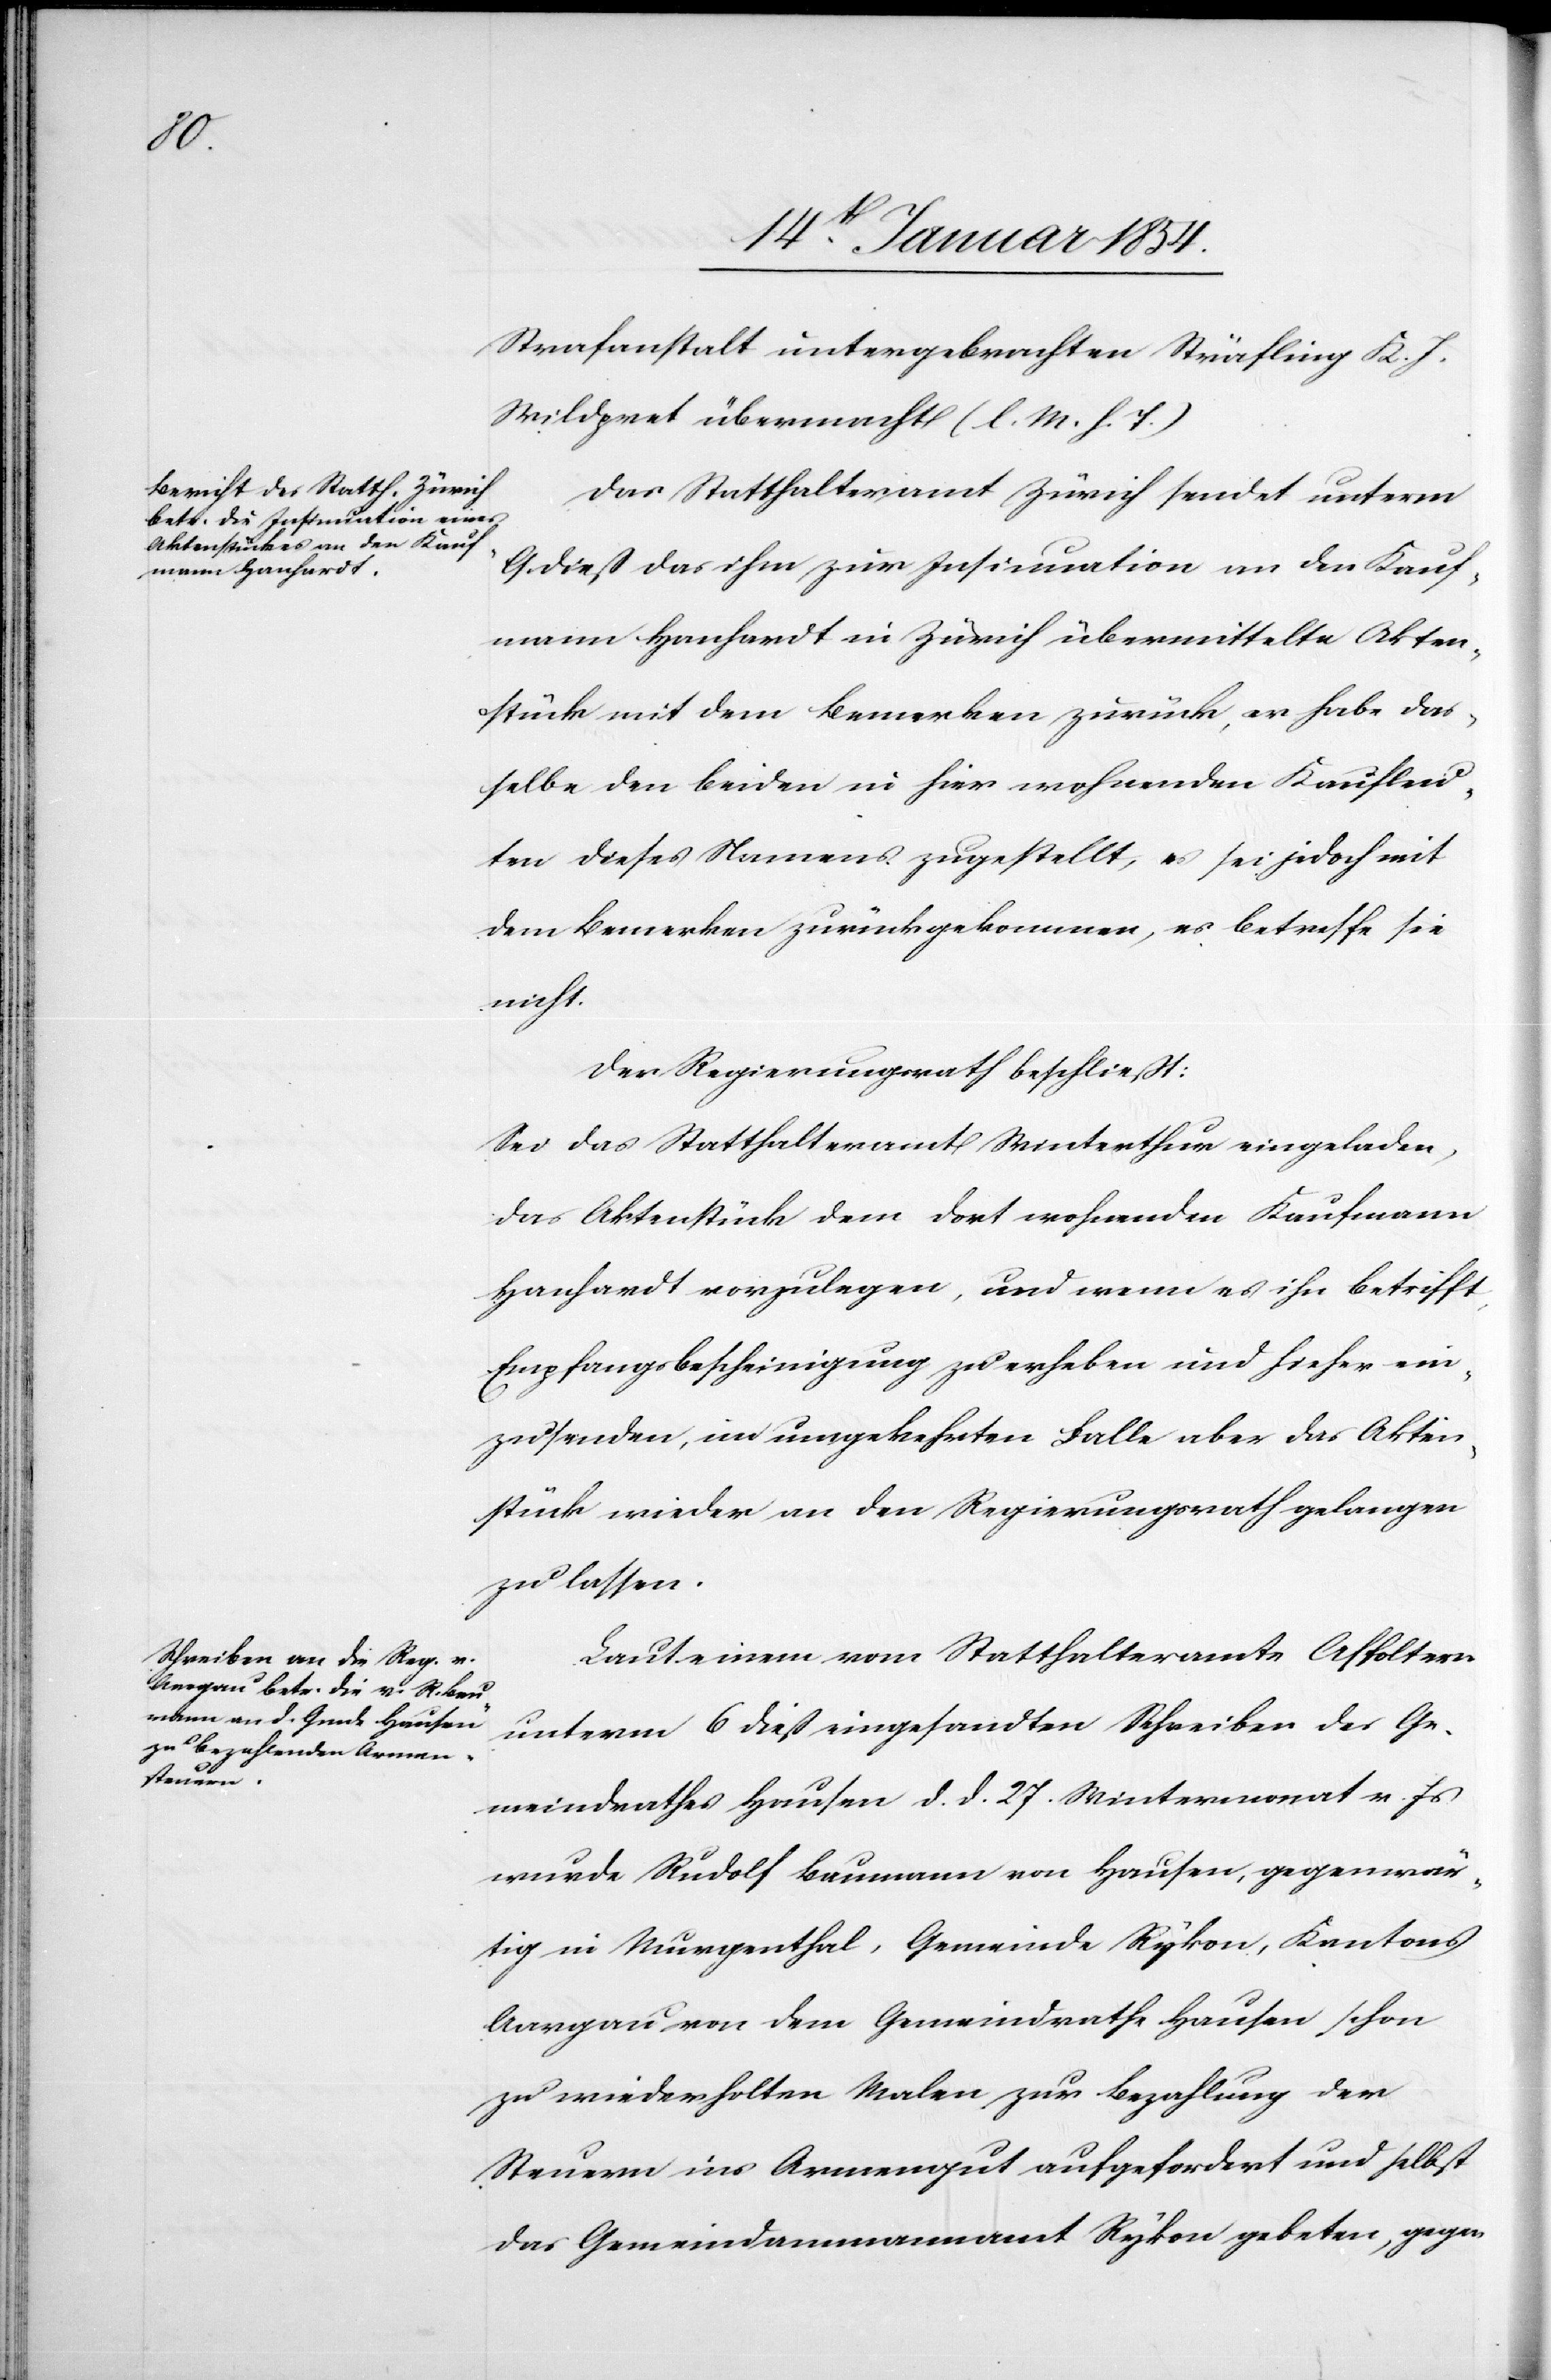
Strafanstalt untergebrachten Sträfling K. J.
Wildpret übermacht (l. M. h. T.)
Das Statthalteramt Zürich sendet unterm
9. dieß das ihm zur Insinuation an den Kauf¬
mann Hanhardt in Zürich übermittelte Akten¬
stück mit dem Bemerken zurück, er habe das¬
selbe den beiden in hier wohnenden Kaufleu¬
ten dieses Namens zugestellt, es sei jedoch mit
dem Bemerken zurückgekommen, es betreffe sie
nicht.
Der Regierungsrath beschließt:
Sei das Statthalteramt Winterthur eingeladen,
das Aktenstück dem dort wohnenden Kaufmann
Hanhardt vorzulegen, und wenn es ihn betrifft,
Empfangsbescheinigung zu erheben und hieher ein¬
zusenden, im umgekehrten Falle aber das Akten¬
stück wieder an den Regierungsrath gelangen
zu lassen.
Laut einem vom Statthalteramte Affoltern
unterm 6 dieß eingesandten Schreiben des Ge¬
meindrathes Hausen d. d. 27. Wintermonat v. Js
wurde Rudolf Baumann von Hausen, gegenwär¬
tig in Murgenthal, Gemeinde Rykon, Kantons
Aargau von dem Gemeindrath Hausen schon
zu wiederholten Malen zur Bezahlung der
Steuern ins Armengut aufgefordert und selbst
das Gemeindammannamt Rykon gebeten, gegen